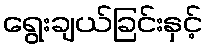
ရွေးချယ်ခြင်းနှင့်